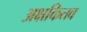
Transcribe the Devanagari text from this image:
अक्षकितव